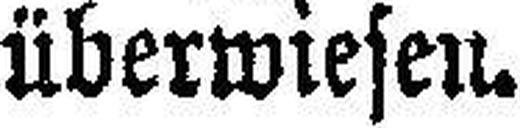
überwiesen.